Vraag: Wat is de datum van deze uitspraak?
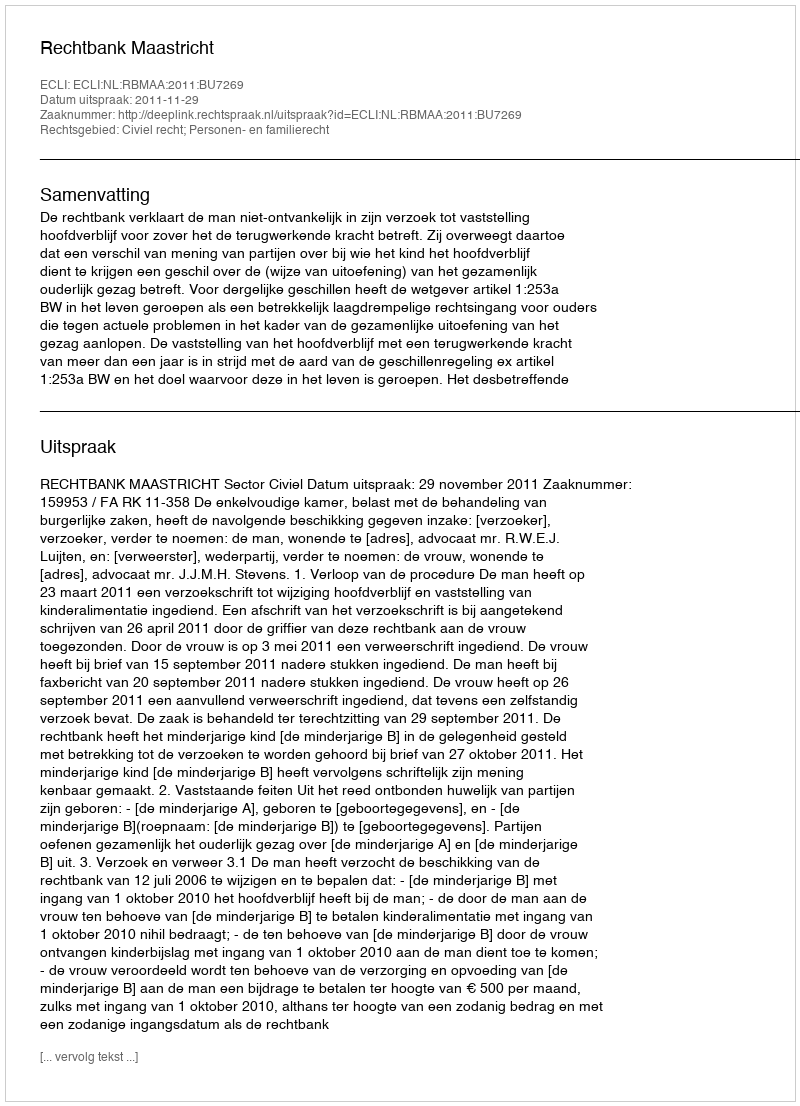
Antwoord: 2011-11-29